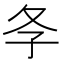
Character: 𡕕